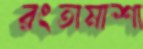
রংতামাশা